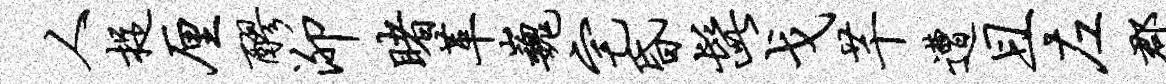
人捉厘醪泖睹革巍宅昏髭戈芊遭且左郡